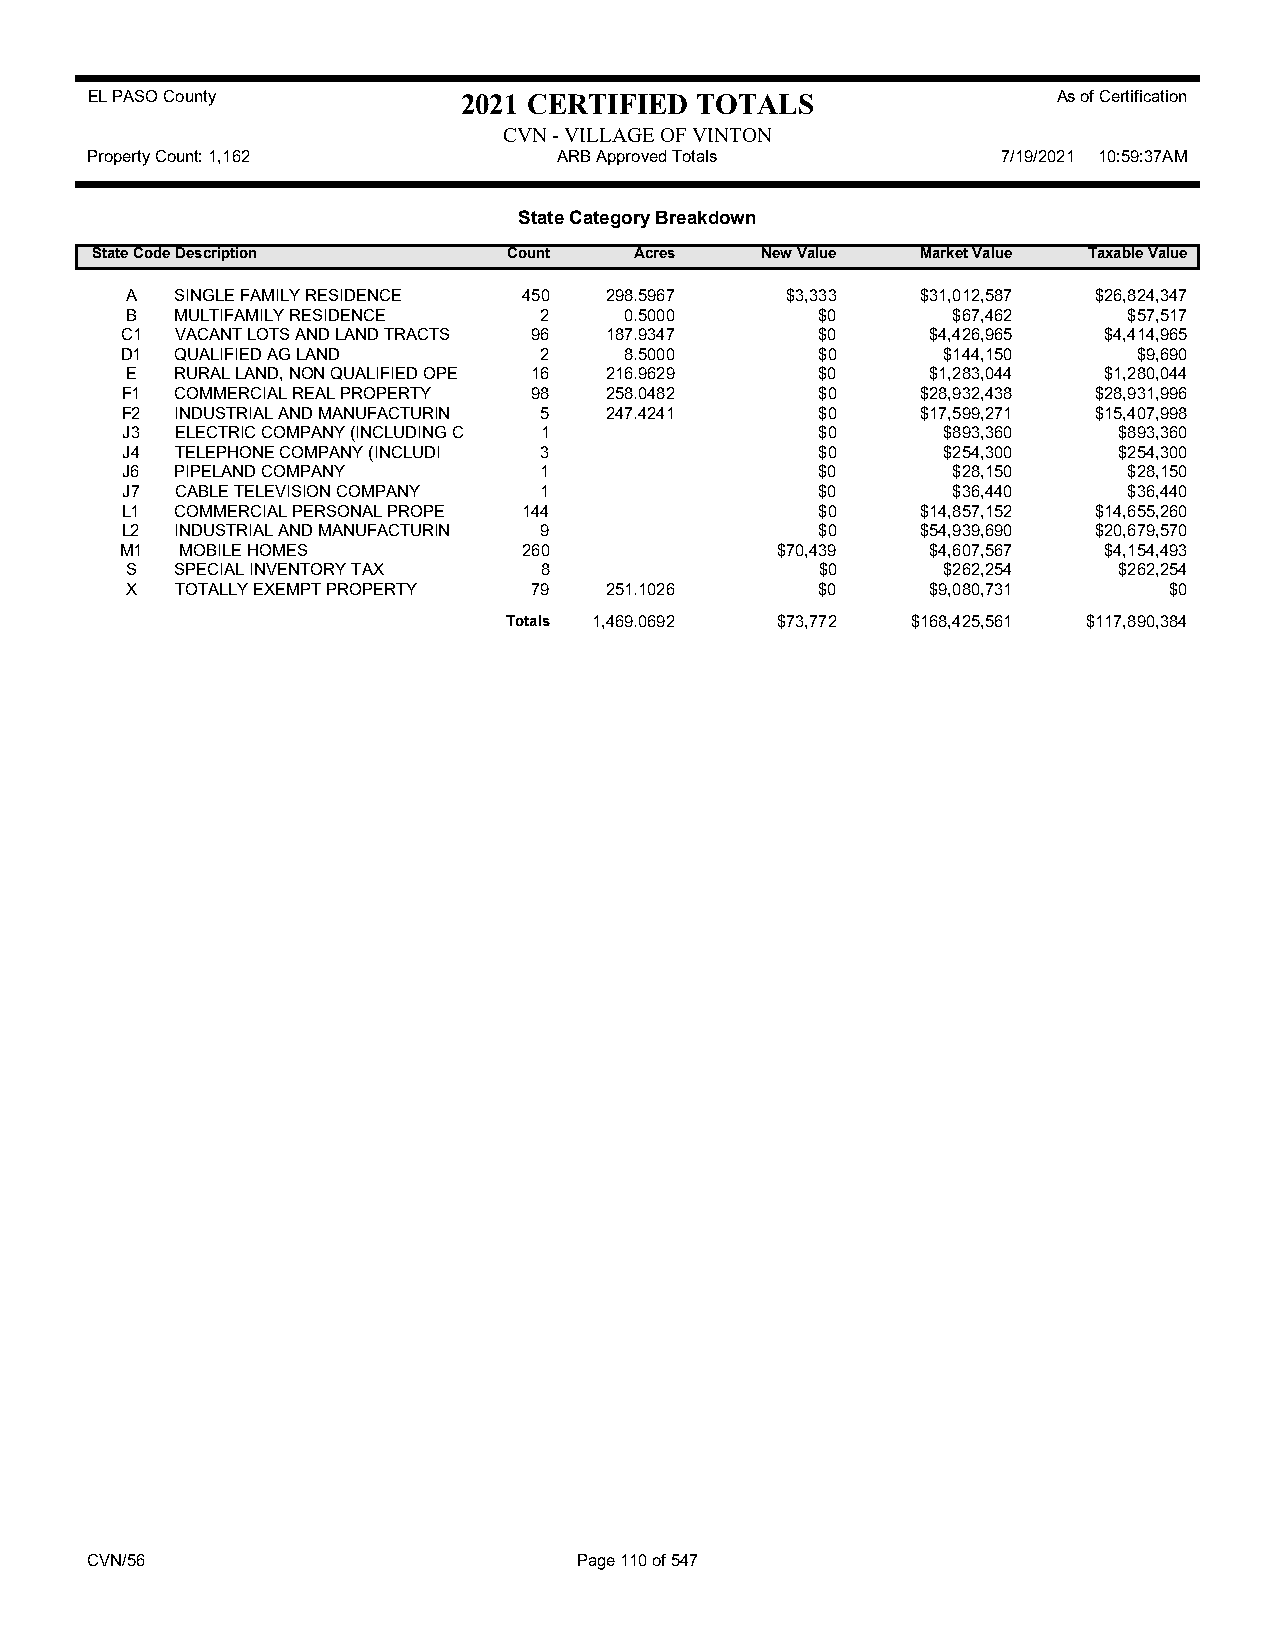
EL PASO County           2021 CERTIFIED TOTALS                  As of Certification
 CVN - VILLAGE OF VINTON
 Property Count: 1,162          ARB Approved Totals          7/19/2021 10:59:37AM
 State Category Breakdown
 State CodeDescription       Count   Acres   New Value  Market Value Taxable Value
 A   SINGLE FAMILY RESIDENCE 450 298.5967    $3,333   $31,012,587 $26,824,347
 B   MULTIFAMILY RESIDENCE   2    0.5000       $0       $67,462     $57,517
 C1  VACANT LOTS AND LAND TRACTS 96 187.9347   $0      $4,426,965 $4,414,965
 D1  QUALIFIED AG LAND       2    8.5000       $0      $144,150     $9,690
 E   RURAL LAND, NON QUALIFIED OPE 16 216.9629 $0      $1,283,044 $1,280,044
 F1  COMMERCIAL REAL PROPERTY 98 258.0482      $0     $28,932,438 $28,931,996
 F2  INDUSTRIAL AND MANUFACTURIN 5 247.4241    $0     $17,599,271 $15,407,998
 J3  ELECTRIC COMPANY (INCLUDING C 1           $0      $893,360    $893,360
 J4  TELEPHONE COMPANY (INCLUDI 3              $0      $254,300    $254,300
 J6  PIPELAND COMPANY        1                 $0       $28,150     $28,150
 J7  CABLE TELEVISION COMPANY 1                $0       $36,440     $36,440
 L1  COMMERCIAL PERSONAL PROPE 144             $0     $14,857,152 $14,655,260
 L2  INDUSTRIAL AND MANUFACTURIN 9             $0     $54,939,690 $20,679,570
 M1  MOBILE HOMES           260             $70,439    $4,607,567 $4,154,493
 S   SPECIAL INVENTORY TAX   8                 $0      $262,254    $262,254
 X   TOTALLY EXEMPT PROPERTY 79  251.1026      $0      $9,080,731     $0
 Totals 1,469.0692 $73,772 $168,425,561 $117,890,384
 CVN/56                          Page 110 of 547